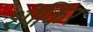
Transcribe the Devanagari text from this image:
शोकिर